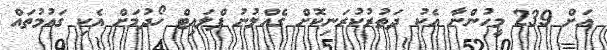
އަށް 239 މީހުންނާ އެކު ދަތުރުކުރަނިކޮށް ގެއްލުނު ފްލައިޓް ހޯދުމަށް އެކި ގައުމުތައް